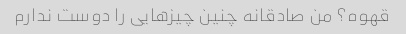
قهوه؟ من صادقانه چنین چیزهایی را دوست ندارم